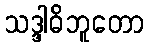
သဒ္ဒါဓိဘူတော